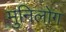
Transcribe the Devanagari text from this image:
मुनिलोग